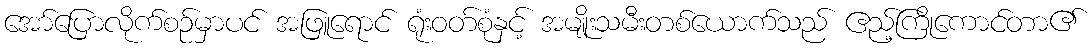
အော်ပြောလိုက်စဉ်မှာပင် အဖြူရောင် ရုံးဝတ်စုံနှင့် အမျိုးသမီးတစ်ယောက်သည် ဧည့်ကြိုကောင်တာ၏